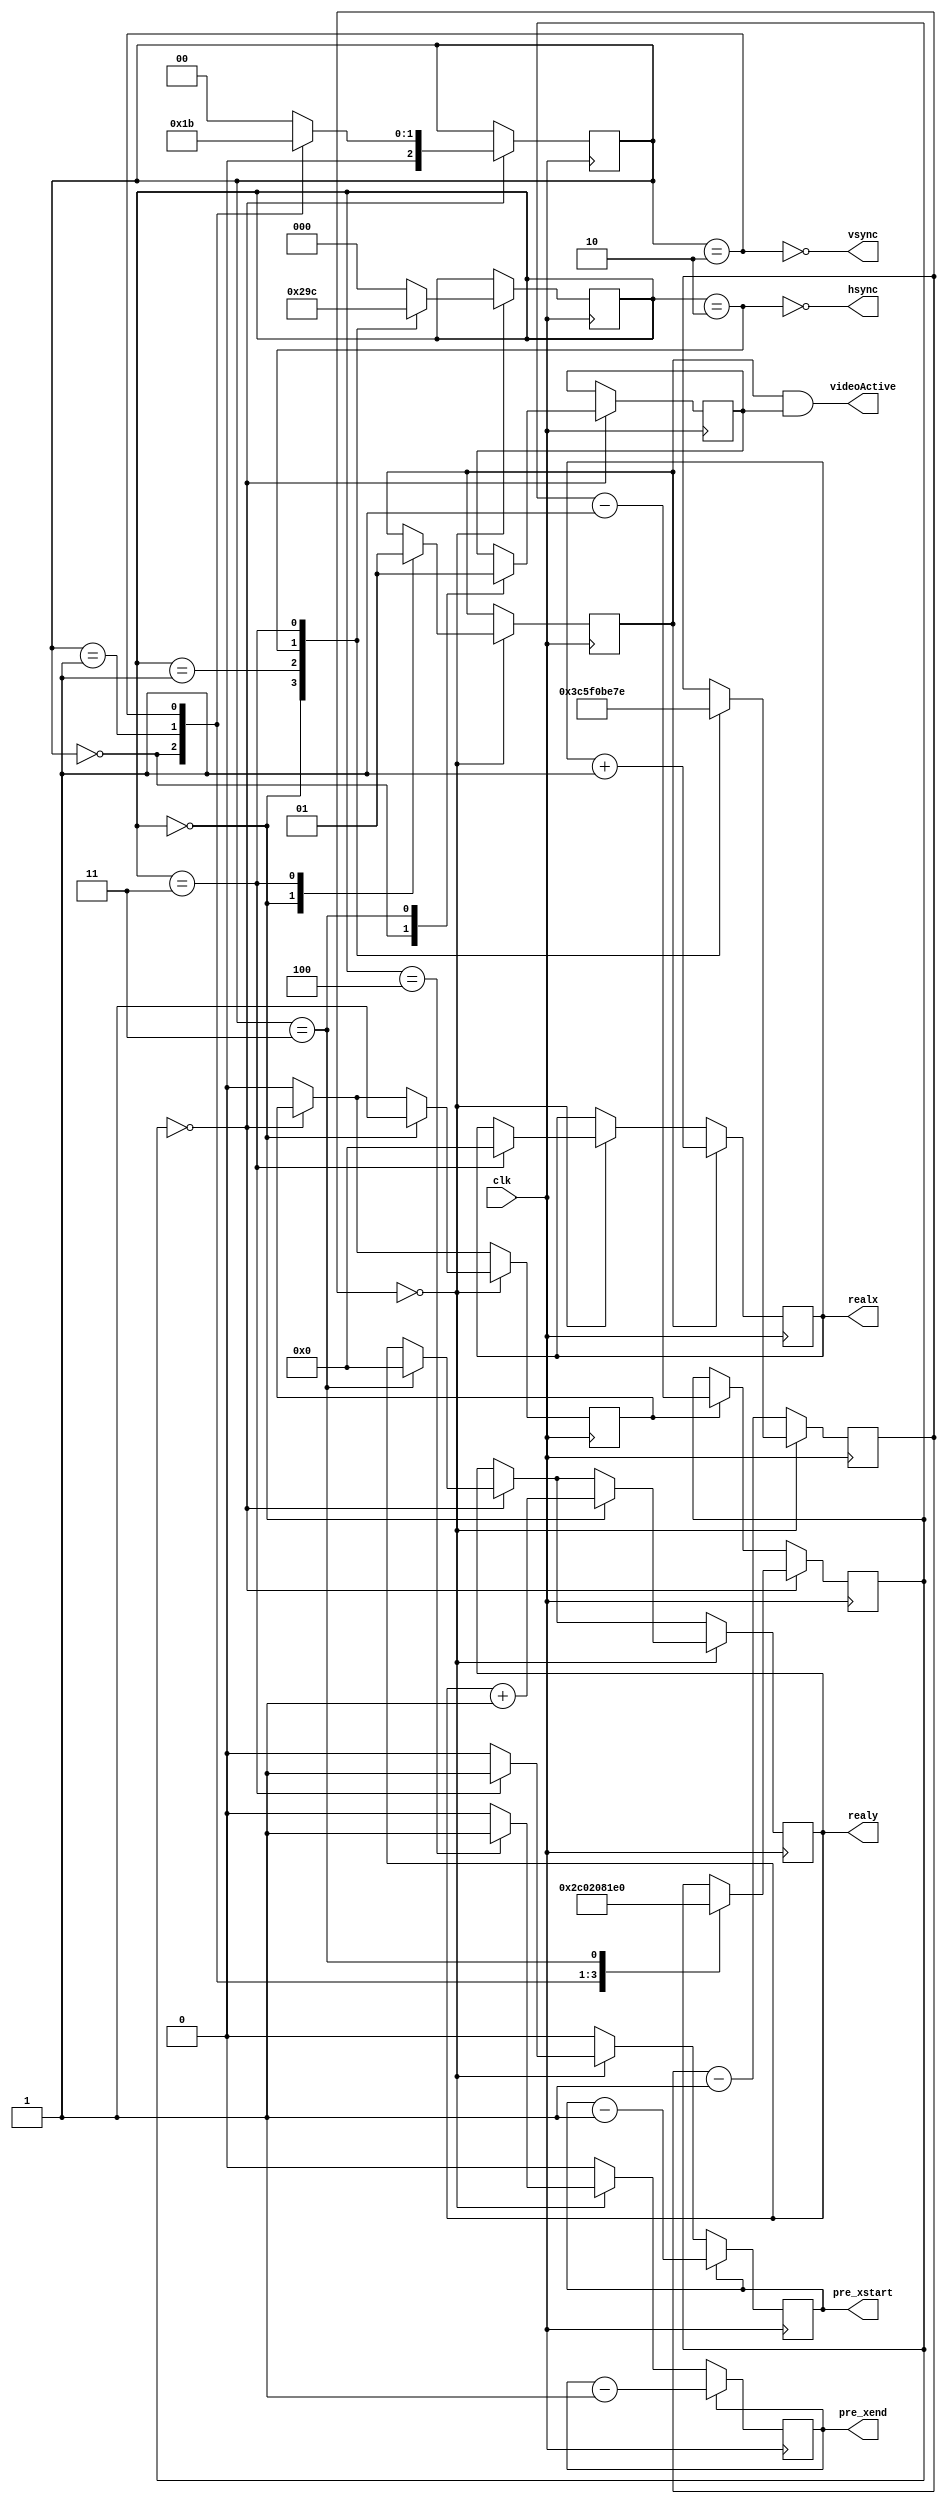
// ====================================================================
//                              MAH PONK
//
// Copyright (C) 2007, Viacheslav Slavinsky
// This design and core is distributed under modified BSD license. 
// For complete licensing information see LICENSE.TXT.
// -------------------------------------------------------------------- 
// An open table tennis game for VGA displays.
//
// 
// Design File: vgascan.v, instantiated by vga.v
// Generate VGA sync and provide screen coordinates + active flag.
//
// Pins description:
//	clk			input	master clock input, 25.178MHz for 60Hz 640x480
//	hsync		output	VGA horizontal sync
//	vsync		output	VGA vertical sync
// 	realx		output	user X coordinate
// 	realy  		output 	user Y coordinate
//	videoActive	output	1 when scanning display area
//	pre_xstart	output	used for border scan
//	pre_xend	output	used for border scan
//
//  Unlike typical VGA scanning example, this one is optimized to reduce
//	the amount of arithmetic comparisons and optimize the scan for
// 	slower FPGA's such as FLEX 6000.
//
//	Inside there are 2 state machines, for X and for Y scan. Machine
// 	states correspond to the area the beam is in: front/back porch, sync pulse, 
// 	scan, etc. Each state sets up following state time.
//
//  For detailed description of VGA signals and timing see:
// 		http://www.epanorama.net/documents/pc/vga_timing.html
//		http://server.oersted.dtu.dk/personal/sn/31002/?Materials/vga/main.html
//
module vgascan(clk, hsync, vsync, realx, realy, videoActive, pre_xstart, pre_xend);

parameter SCREENWIDTH = 640;	// constants, don't even try using other values
parameter SCREENHEIGHT = 480;

input clk;
output hsync;
output vsync;
output reg[9:0] realx;  
output reg[9:0] realy;
output videoActive;
output pre_xstart, pre_xend;

reg[2:0] scanxx_state;		// x-machine state
reg[2:0] scanyy_state;		// y-machine state
reg[9:0] scanxx;			// x-state timer/counter
reg[9:0] scanyy;			// y-state timer/counter

reg videoActiveX;			// 1 == X is within visible area
reg videoActiveY;			// 1 == Y is within visible area
wire videoActive = videoActiveX & videoActiveY;
reg pre_xstart, pre_xend;

parameter state0 = 3'b000, state1 = 3'b001, state2 = 3'b010, state3 = 3'b011, state4 = 3'b100;

assign hsync = !(scanxx_state == state2);
assign vsync = !(scanyy_state == state2);

reg scanyy_minus;			// todo: investigate if this is still necessary

always @(posedge clk) begin
		if (scanyy == 0) begin 
			case (scanyy_state)
			state0:
					begin
						scanyy <= 11;
						scanyy_state <= state1;
						videoActiveY <= 0;
					end
			state1: 
					begin
						scanyy <= 2;
						scanyy_state <= state2;
					end
			state2:
					begin
						scanyy <= 32;
						scanyy_state <= state3;
					end
			state3:
					begin
						scanyy <= SCREENHEIGHT;
						scanyy_state <= state0;
						videoActiveY <= 1;
						realy <= 0;
					end
			default:
					begin
						scanyy_state <= state0;
					end
			endcase
		end 
		else if (scanyy_minus) begin
			scanyy_minus <= 1'b0;
			scanyy <= scanyy - 1'b1;
		end

		if (scanxx == 0) begin	
			case (scanxx_state) 
			state0: 	
					begin
						// here, commented out is time correction for different clock rate
						scanxx <= 10'd16 /*+ 10'd74*/ - 1'b1;		
						scanxx_state <= state1;
						realy <= realy + 1'b1;
						scanyy_minus <= 1'b1;
						videoActiveX <= 1'b0;
					end
			state1: 
					begin
						scanxx <= 10'd96 - 1'b1; 
						scanxx_state <= state2;
					end
			state2:	// before scan
					begin
						scanxx <= 10'd48 - 1'b1;
						scanxx_state <= state3;
					end
			state3:	
					begin
						pre_xstart <= 1'b1;
						videoActiveX <= 1'b1;
						realx <= 1'b0;
						scanxx <= SCREENWIDTH - 2;
						scanxx_state <= state4;
					end
			state4:
					begin
						pre_xend <= 1'b1;
						//scanxx <= 0;
						scanxx_state <= state0;
					end
			default: 
					begin
						scanxx_state <= state0;
					end
			endcase
		end 
		else scanxx <= scanxx - 1'b1;
		
		if (pre_xstart != 0) pre_xstart <= pre_xstart - 1'b1;
		if (pre_xend != 0) pre_xend <= pre_xend - 1'b1;

		if (videoActiveX) 
			realx <= realx + 1'b1;
end
	
endmodule

// $Id: vgascan.v,v 1.12 2007/08/27 22:14:53 svo Exp $